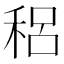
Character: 稆